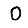
Digit: 0